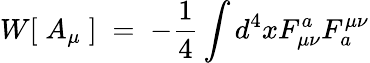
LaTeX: W[\; A_{\mu}\; ]\; =\; -\frac{1}{4}\int d^{4}x{F_{\mu\nu}^{a}{F_{a}^{\mu\nu}}}